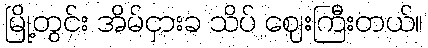
မြို့တွင်း အိမ်ငှားခ သိပ် ဈေးကြီးတယ်။